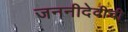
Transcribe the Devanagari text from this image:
जननीदेवीची